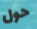
حول